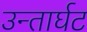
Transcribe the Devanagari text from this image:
उन्तार्घट